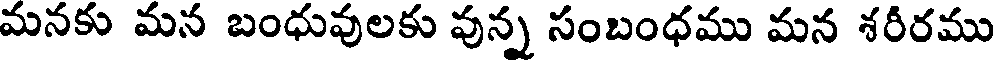
మనకు మన బంధువులకు వున్న సంబంధము మన శరీరము